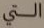
التي